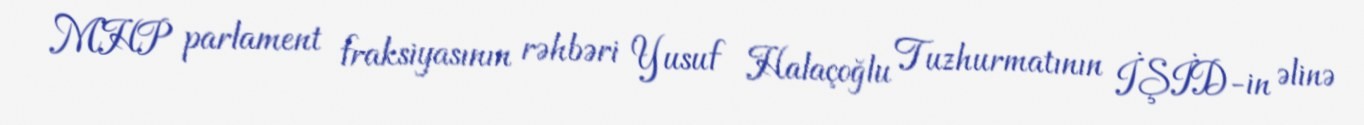
MHP parlament fraksiyasının rəhbəri Yusuf Halaçoğlu Tuzhurmatının İŞİD-in əlinə